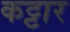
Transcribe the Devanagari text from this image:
कट्टार